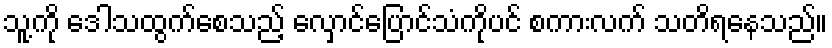
သူ့ကို ဒေါသထွက်စေသည့် လှောင်ပြောင်သံကိုပင် စကားလက် သတိရနေသည်။